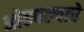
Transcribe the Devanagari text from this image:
ओढवल्याचे